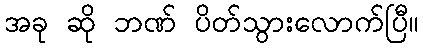
အခု ဆို ဘဏ် ပိတ်သွားလောက်ပြီ။